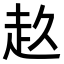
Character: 𧺓